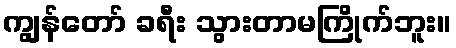
ကျွန်တော် ခရီး သွားတာမကြိုက်ဘူး။